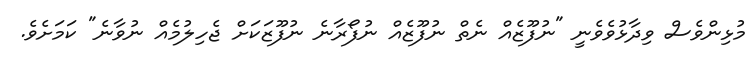
މުޅިންވެސް ވިދާޅުވެވެނީ "ނުފޫޒެއް ނެތް ނުފޫޒެއް ނުފޯރާނެ ނުފޫޒަކަށް ޖެހިލުމެއް ނުވާނެ" ކަމަށެވެ.